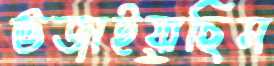
ভজাইয়াছিস